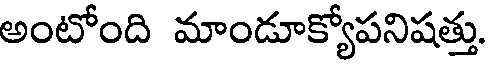
అంటోంది మాండూక్యోపనిషత్తు.